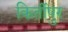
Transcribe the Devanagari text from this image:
किर्तीपुर